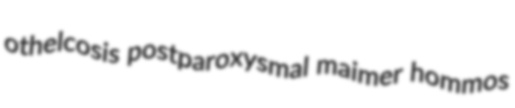
othelcosis postparoxysmal maimer hommos